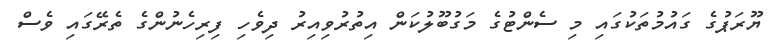
ޔޫރަޕުގެ ގައުމުތަކުގައި މި ސެންޓުގެ މަގުބޫލުކަން އިތުރުވިއިރު ދިވެހި ފިރިހެނުންގެ ތެރޭގައި ވެސް